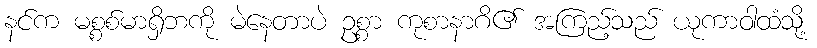
နင်က မစ္စစ်မာရှိဘကို မဲနေတာပဲ ဥစ္စာ ကုစာနာဂိ၏ အကြည့်သည် ယုကာဝါထံသို့